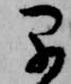
早